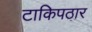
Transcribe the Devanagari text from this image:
टाकिपठार